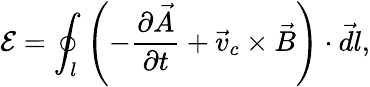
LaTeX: \mathcal E=\oint_{l}\left(-\frac{\partial\vec{A}}{\partial t}+\vec{v}_{c}\times\vec{B}\right)\cdot\vec{dl},